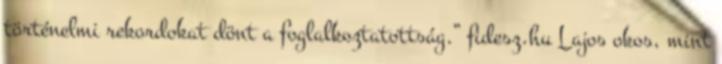
történelmi rekordokat dönt a foglalkoztatottság.” fidesz.hu Lajos okos, mint